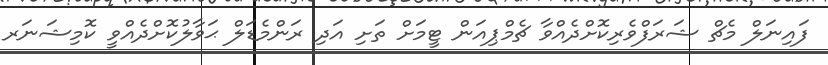
ފައިނަލް މެޗް ޝަރަފްވެރިކޮށްދެއްވާ ޗެމްޕިއަން ޓީމަށް ތަށި އަދި ރަންމެޑަލް ޙަވާލުކޮށްދެއްވީ ކޮމިޝަނަރ